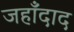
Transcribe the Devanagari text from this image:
जहाँदाद